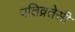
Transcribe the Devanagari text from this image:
पतिव्रतेसी